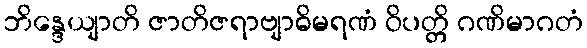
ဘိန္ဒေယျာတိ ဇာတိဇရာဗျာဓိမရဏံ ဝိပတ္တိ ဂဏိမာဂတံ